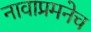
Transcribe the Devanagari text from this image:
नावाप्रमनेच